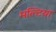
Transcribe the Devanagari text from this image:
मल्टिया